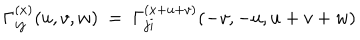
{ \Gamma } _ { i j } ^ { ( x ) } ( u , v , w ) \ = \ { \Gamma } _ { j i } ^ { ( x + u + v ) } ( - v , - u , u + v + w )